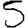
Digit: 5